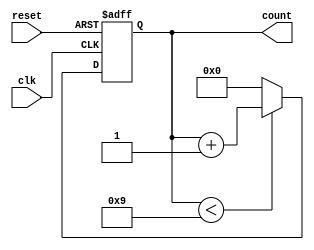
module bcd_counter (
    input wire clk,       // Clock signal
    input wire reset,     // Asynchronous reset signal
    output reg [3:0] count // 4-bit BCD output
);

// Asynchronous reset and synchronous counting
always @(posedge clk or posedge reset) begin
    if (reset) begin
        count <= 4'b0000; // Reset count to 0
    end else begin
        if (count < 4'b1001) begin
            count <= count + 1; // Increment count
        end else begin
            count <= 4'b0000; // Reset count to 0 after reaching 9
        end
    end
end

endmodule